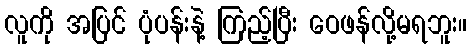
လူကို အပြင် ပုံပန်းနဲ့ ကြည့်ပြီး ဝေဖန်လို့မရဘူး။